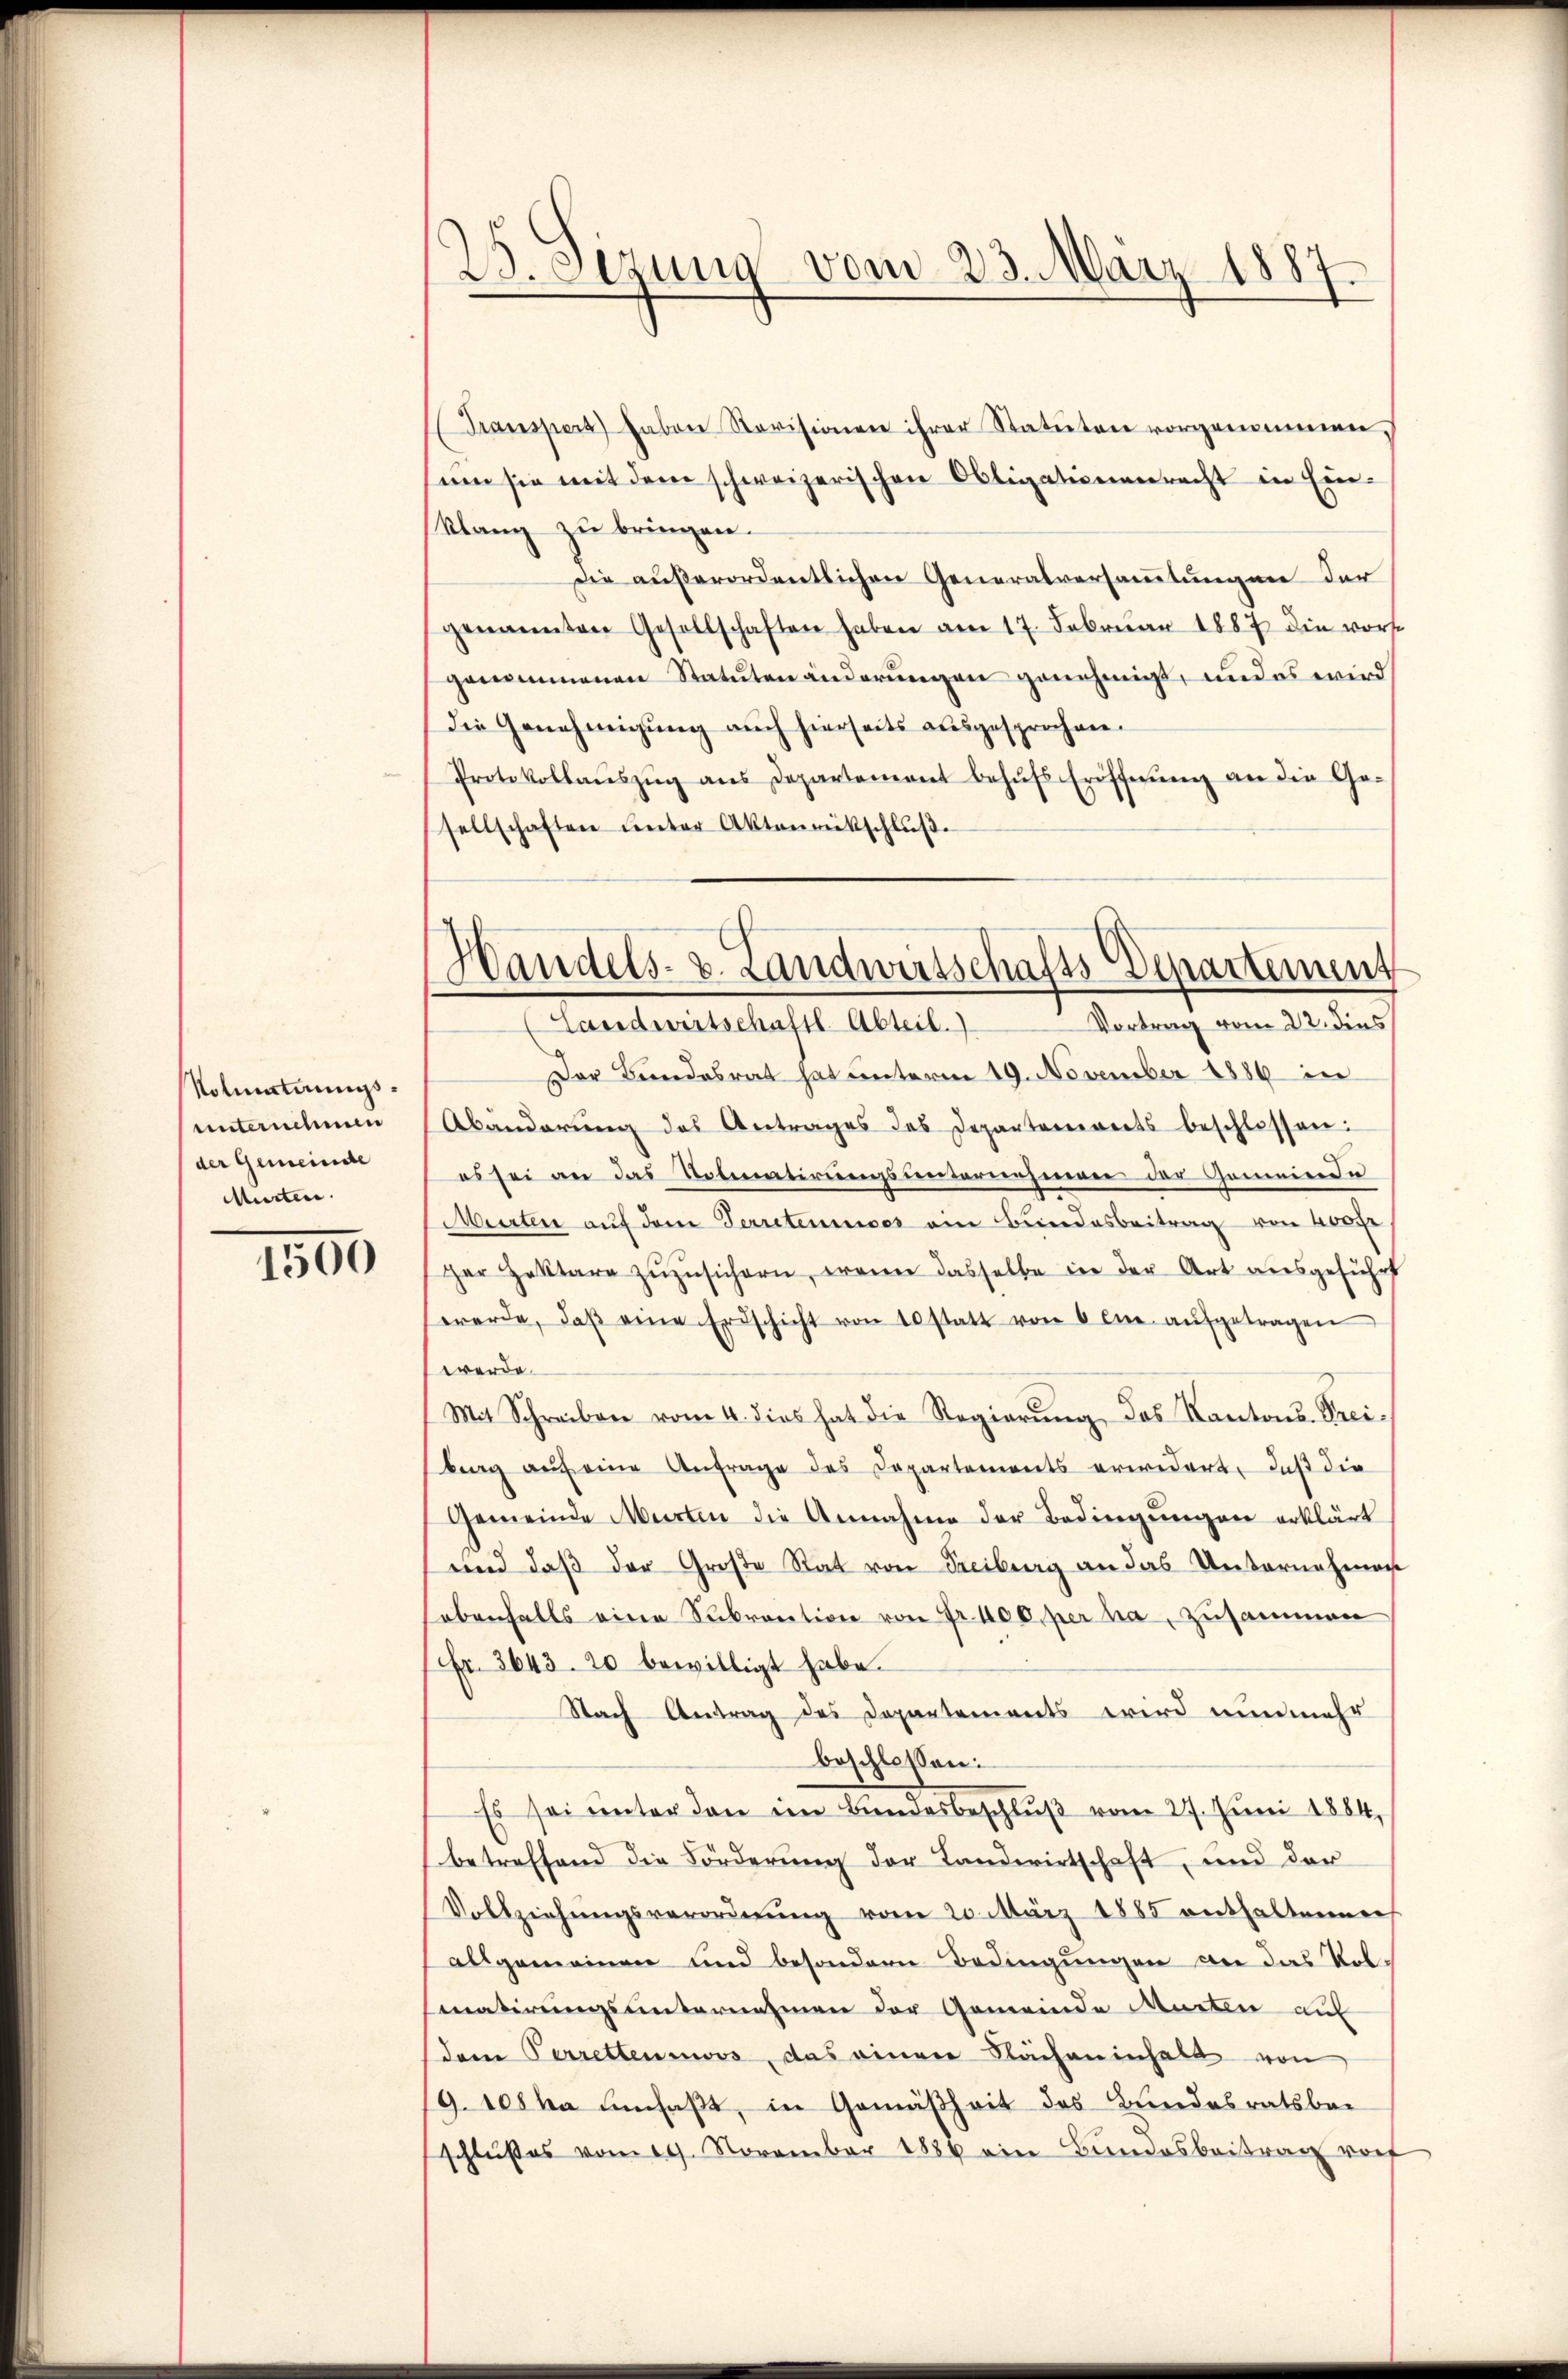
Volmattungsunternehmen
der Gemeinde
Murten.

1500

25. Sezung vom 23. März 1887.

Transpers haben Revisionen ihrer Statuten vorgenommen,
um sie mit dem schweizerischen Obligationenrecht in Ein-
Klang zu bringen.
Die außerordentlichen Generalversammlungen der
genannten Gesellschaften haben am 17. Februar 1887 die vorst
genommenen Statutenänderungen genehmigt, und es wird
die Genehmigung auch hierseits ausgesprochen.
Protokollaŭszŭg ans Departement behŭfs Eröffnŭng an die Ge-
sellschaften unter Aktenrückschlŭβ
Der Bundesrat hat unterm 19. November 1886 in
Abänderŭng des Antrages des Departements beschlossen:
es sei an das Volmatirungsunternehmerer der Gemeinde
Murten auf dem Verretermises ein Bundesbeitrag von 400 fr
ger Zottare zŭzŭsichern, wenn dasselbe in der Art ausgeführt
werde, daβ eine Erdschicht von 10 statt von 6 en aŭfgetragen
werde.
Mit Schreiben vom 4. dies hat die Regierŭng des Kantons-Prei-
brag auf eine Anfrage des Departements erwidert, daß die
Gemeinde Marten die Annahme der Bedingŭngen erklärt
und daß der Große Rat von Freiburg an das Unternehmen
ebenfalls eine Subvention von Fr. 100 per ha, zusammen
fr. 3643. 20 bewilligt habe.
Nach Antrag des Departements wird nunmehr
beschlossen:
Es sei unter den im Bundesbeschluß vom 27. Juni 1884,
betreffend die Förderung der Landwirtschaft, und der
Vollziehungsverordnung vom 20. März 1885 enthaltenen
allgemeinen und besondern Bedingungen an das Volmatirungsunternehmen der Gemeinde Marten auf
dem Perrettens, das einen Flächeninhalt von
19. 108 ha umfaßt, in Gemäßheit des Bundesratsbei
schlußes vom 19. November 1886 ein Bundesbeitrag rof

Handels- u. Landwirtschafts-Departement
Vortrag vom 22. dies
(Landwirtschaftl-Abteil)